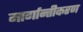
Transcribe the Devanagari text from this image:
मार्गान्तीकरण